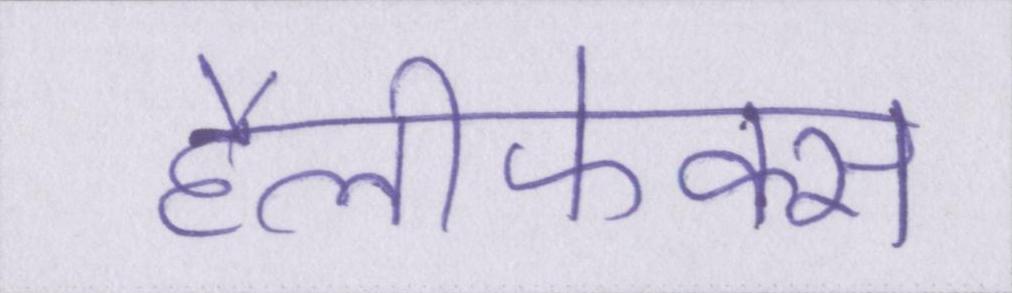
हैलीफेक्स